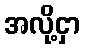
အလို့ငှာ